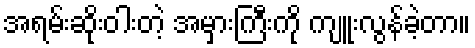
အရမ်းဆိုးဝါးတဲ့ အမှားကြီးကို ကျူးလွန်ခဲ့တာ။